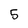
Character: 5